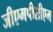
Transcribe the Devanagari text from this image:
जीएमपीसीएम